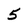
Character: 5